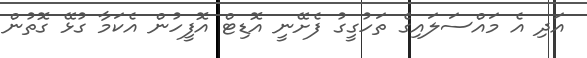
އަދި އެ މައްސަލައިގެ ތަހުގީގު ފެށޭނީ އޮޑިޓް އޮފީހުން އެކަމާ ގުޅޭ ގޮތުން